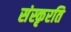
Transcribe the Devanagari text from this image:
संस्कृरति